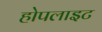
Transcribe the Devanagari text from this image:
होपलाइट